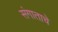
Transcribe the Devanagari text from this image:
संगाताचे